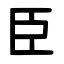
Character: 臣